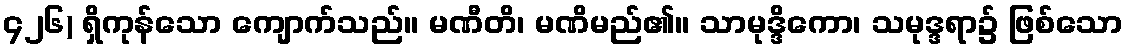
၄၂၆) ရှိကုန်သော ကျောက်သည်။ မဏီတိ၊ မဏိမည်၏။ သာမုဒ္ဒိကော၊ သမုဒ္ဒရာ၌ ဖြစ်သော